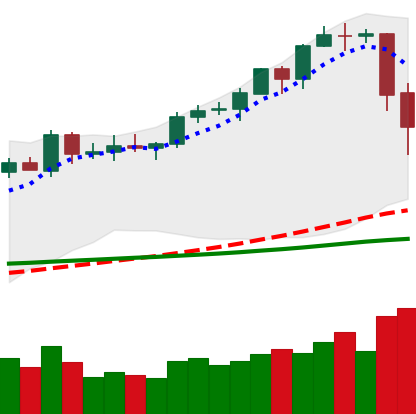
Ticker: EOS-USD
Chart end date: 2020-02-16
Forward return: -7.645%
Label: down_7plus